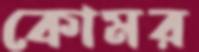
কোমর